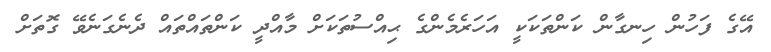
އޭގެ ފަހުން ހިނގާން ކަންތަކަކީ އަހަރެމެންގެ ޙިއްސުތަކަށް މާއްދީ ކަންތައްތައް ދެނެގަނެވޭ ގޮތަށް